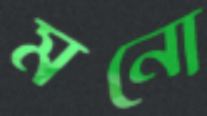
মনো